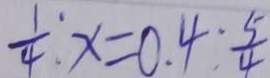
\frac { 1 } { 4 } : x = 0 . 4 : \frac { 5 } { 4 }